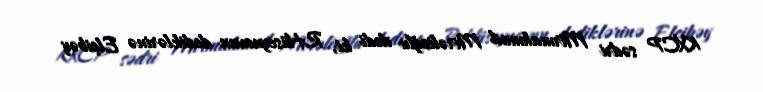
KXCP sədri Mirmahmud Mirəlioğlu dedi ki, R.Hüseynovun dediklərinə Elçibəy